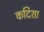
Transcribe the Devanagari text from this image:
कदिशा